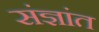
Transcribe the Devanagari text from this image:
संज्ञांत